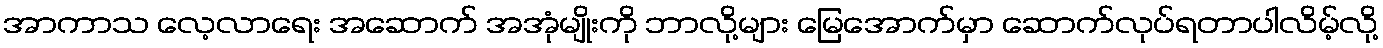
အာကာသ လေ့လာရေး အဆောက် အအုံမျိုးကို ဘာလို့များ မြေအောက်မှာ ဆောက်လုပ်ရတာပါလိမ့်လို့